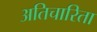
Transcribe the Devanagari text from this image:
अतिचारिता